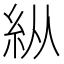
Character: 𥾺